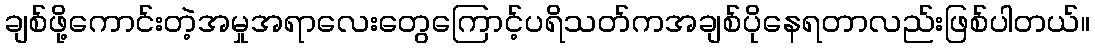
ချစ်ဖို့ကောင်းတဲ့အမှုအရာလေးတွေကြောင့်ပရိသတ်ကအချစ်ပိုနေရတာလည်းဖြစ်ပါတယ်။